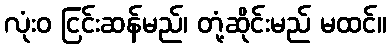
လုံးဝ ငြင်းဆန်မည်၊ တုံ့ဆိုင်းမည် မထင်။